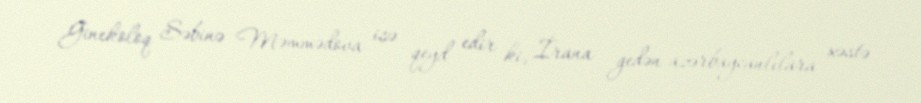
Ginekoloq Səbinə Məmmədova isə qeyd edir ki, İrana gedən azərbaycanlılara xəstə